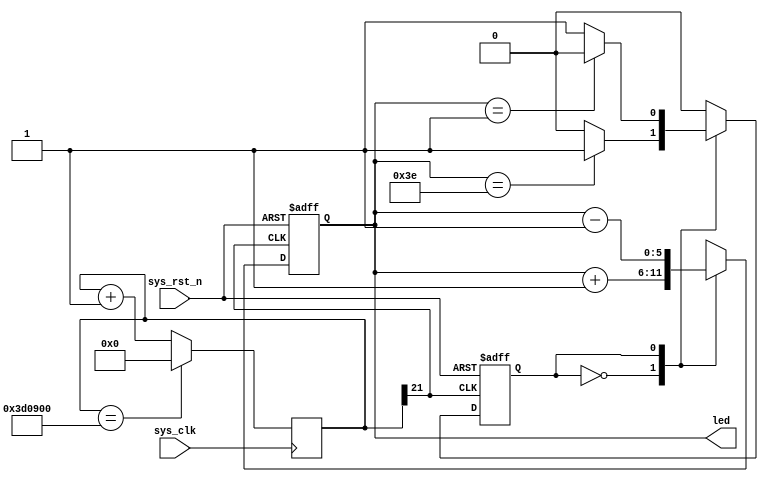
module led (
  input sys_clk, // clk input
  input sys_rst_n, // reset input
  output reg [5:0] led // 6 LEDS pin
);

reg state;
reg [22:0] counter;
always @(posedge sys_clk)begin
  if(counter==4000000)begin
  counter<=0;
  end
  else begin
  counter<=counter+1;
  end
end

always @(posedge counter[21] or negedge sys_rst_n)begin
  if(~sys_rst_n)begin
  state<=0;
  led<=0;
  end
  else begin
    case(state)
      0:
      begin
      led<=led+1;
        if(led==62)begin
        state<=1;
        end
      end
      1:
      begin
      led<=led-1;
        if(led==1)begin
        state<=0;
        end
      end
    endcase
  end
end

endmodule